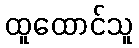
ထူထောင်သူ